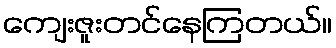
ကျေးဇူးတင်နေကြတယ်။